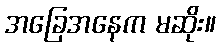
အခြေအနေက မဆိုး။